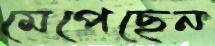
মেপেছেন